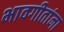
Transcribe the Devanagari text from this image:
भावगीतांना